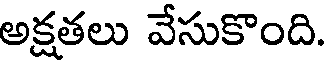
అక్షతలు వేసుకొంది.